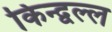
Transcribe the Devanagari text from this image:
किन्द्वल्ल